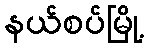
နယ်စပ်မြို့